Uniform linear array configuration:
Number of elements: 64
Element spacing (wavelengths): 0.25
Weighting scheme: binomial
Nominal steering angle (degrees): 15
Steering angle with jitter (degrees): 14.69
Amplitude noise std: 0.05
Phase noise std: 0.05

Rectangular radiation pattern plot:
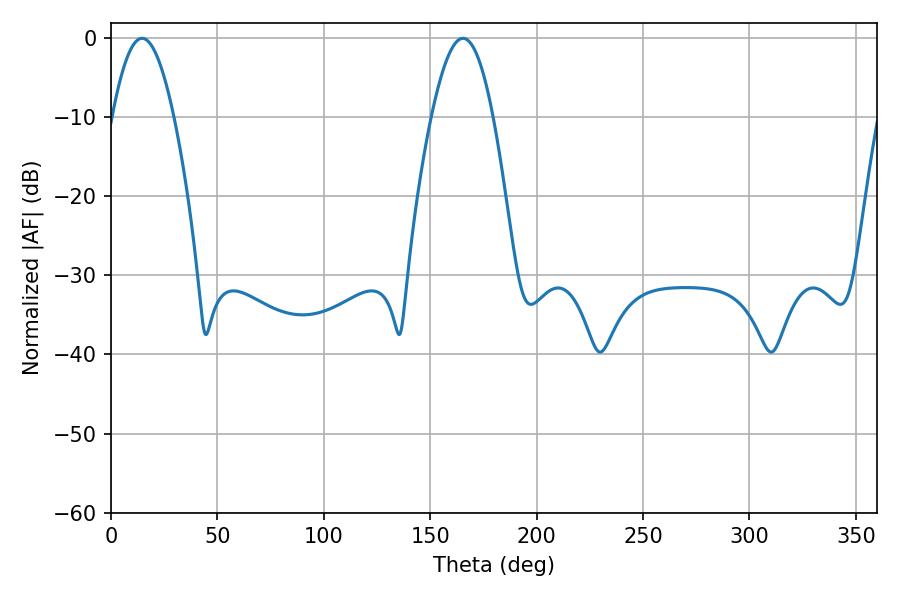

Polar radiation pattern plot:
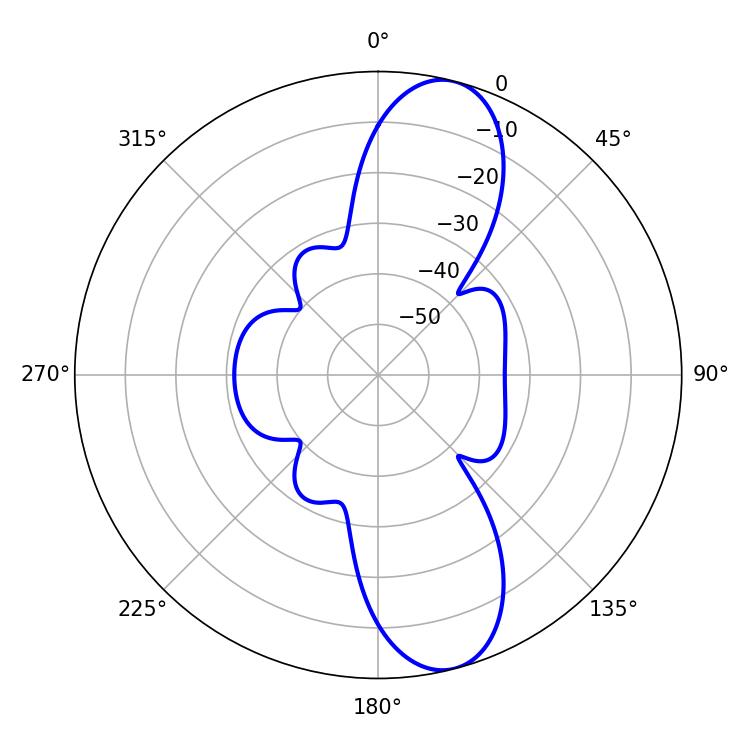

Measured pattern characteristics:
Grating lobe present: FALSE
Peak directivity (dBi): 11.235
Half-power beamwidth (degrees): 15.66
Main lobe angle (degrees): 14.58